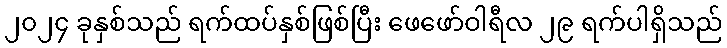
၂၀၂၄ ခုနှစ်သည် ရက်ထပ်နှစ်ဖြစ်ပြီး ဖေဖော်ဝါရီလ ၂၉ ရက်ပါရှိသည်